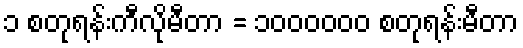
၁ စတုရန်းကီလိုမီတာ = ၁၀၀၀၀၀၀ စတုရန်းမီတာ